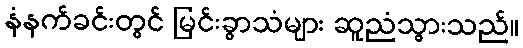
နံနက်ခင်းတွင် မြင်းခွာသံများ ဆူညံသွားသည်။